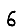
Digit: 6